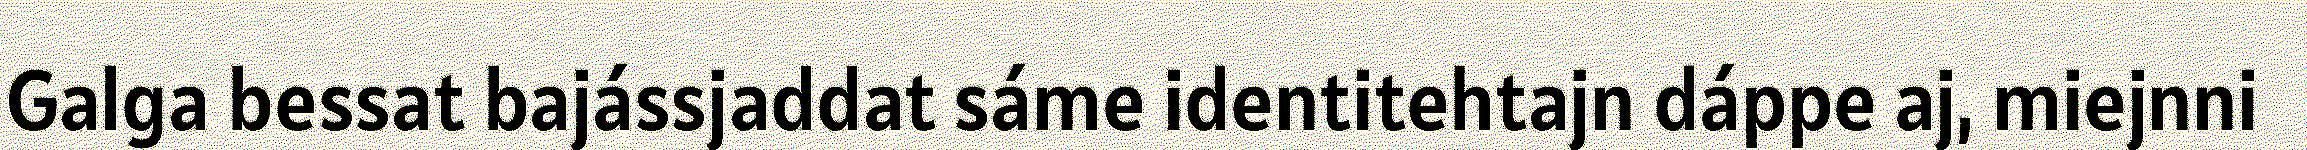
Galga bessat bajássjaddat sáme identitehtajn dáppe aj, miejnni